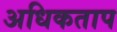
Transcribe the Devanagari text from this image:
अधिकताप